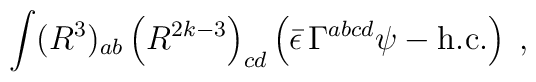
\int (R^{3})_{ab}\left( R^{2k-3}\right) _{cd}\left( \bar{\epsilon}\,\Gamma^{abcd}\psi -\mbox{h.c.}\right) \;,